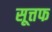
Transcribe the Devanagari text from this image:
सूत्तफ